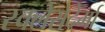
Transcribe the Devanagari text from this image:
स्क्लेरोदेर्मा